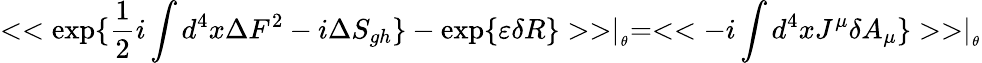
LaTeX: <<\exp\{ \frac{1}{2}i\int d^{4}x\Delta F^{2}-i\Delta S_{gh}\} -\exp\{ \varepsilon\delta R\} >>\mid_{_{\theta}}=<<-i\int d^{4}xJ^{\mu}\delta A_{\mu}\} >>\mid_{_{\theta}}